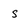
Character: s